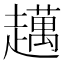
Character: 𧾗